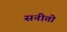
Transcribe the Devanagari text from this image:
सनीतो